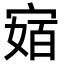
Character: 𭔅